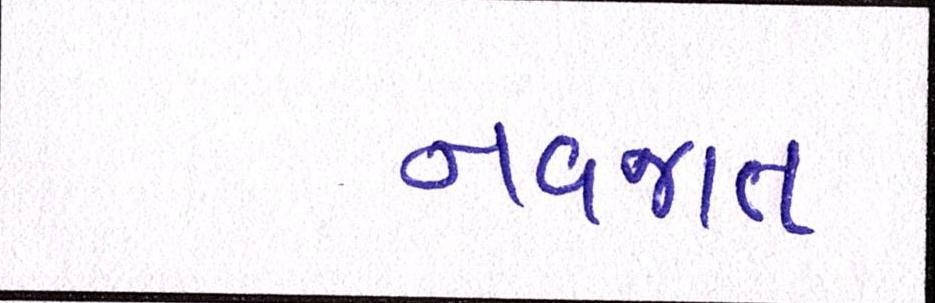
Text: નવજાત